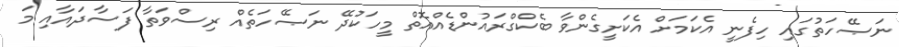
ނަޞޭހަތުގައި ހިފެނީ އެކަމަށް އެކަށީގެންވާ ބެކްގްރައުންޑެއްއޮތް މީހަކުދޭ ނަޞޭހަތެއް ރިސްވަތާ ފަސާދައާއި މަ